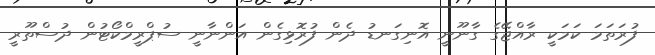
ފުރަތަމަ ކަމަކީ ރާއްޖޭގެ ގާނޫނީ އޮނިގަނޑު ދެން ފުރޮޅިގެން އަންނާނީ ސުޕްރީމްކޯޓުން ދުސްތޫރީ